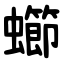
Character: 䗻